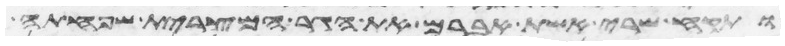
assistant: ותקח שרי אשת אברם את הגר המצרית שפחתה